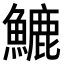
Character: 𩺮